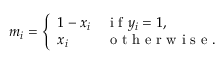
m _ { i } = \left\{ \begin{array} { l l } { 1 - x _ { i } } & { \mathrm { ~ i ~ f ~ } y _ { i } = 1 , } \\ { x _ { i } } & { \mathrm { ~ o ~ t ~ h ~ e ~ r ~ w ~ i ~ s ~ e ~ } . } \end{array} \right.